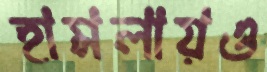
হামলায়ও